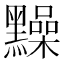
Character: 䵲